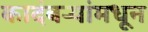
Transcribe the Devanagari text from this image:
कादंबऱ्यांमधून